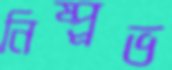
নিষ্প্র্রভ